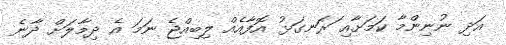
އަދި ނުނިންމާ ކަމަށާއި ަރަނގަޅު އޮފާއެއް ލިބިއްޖެ ނަމަ އެ ދިމާލަށް ދާނެ